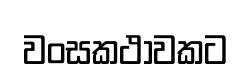
වංසකථාවකට